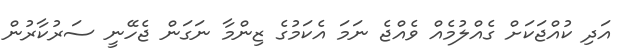
އަދި ކުއްޖަކަށް ގެއްލުމެއް ވެއްޖެ ނަމަ އެކަމުގެ ޒިންމާ ނަގަން ޖެހޭނީ ސަރުކާރުން